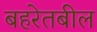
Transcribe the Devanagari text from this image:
बहरेतबील